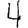
Digit: 4